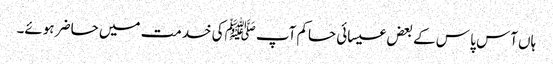
ہاں آس پا س کے بعض عیسائی حاکم آپ ﷺکی خدمت میں حاضر ہوئے۔